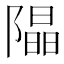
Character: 𨼗